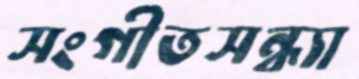
সংগীতসন্ধ্যা